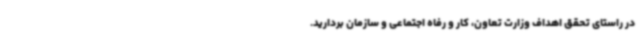
در راستای تحقق اهداف وزارت تعاون، کار و رفاه اجتماعی و سازمان بردارید.